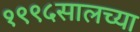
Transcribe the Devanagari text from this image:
१९९५सालच्या